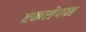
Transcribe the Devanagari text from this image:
एकसेपन